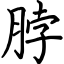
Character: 脖